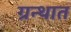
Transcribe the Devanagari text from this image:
ग्रन्थात